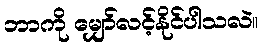
ဘာကို မျှော်လင့်နိုင်ပါသလဲ။